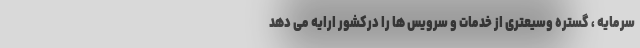
سرمایه ، گستره وسیعتری از خدمات و سرویس ها را درکشور ارایه می دهد